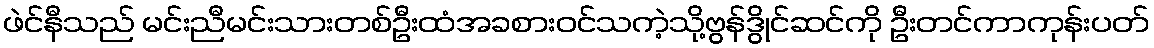
ဖဲင်နီသည် မင်းညီမင်းသားတစ်ဦးထံအခစားဝင်သကဲ့သို့ဗွန်ဒွိုင်ဆင်ကို ဦးတင်ကာကုန်းပတ်